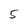
Character: 5